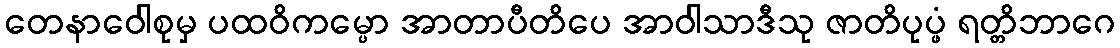
တေနာဝေါစုမှ ပထဝိကမ္ပော အာတာပီတိပေ အာဝါသာဒီသု ဇာတိပုပ္ဖံ ရတ္တိဘာဂေ